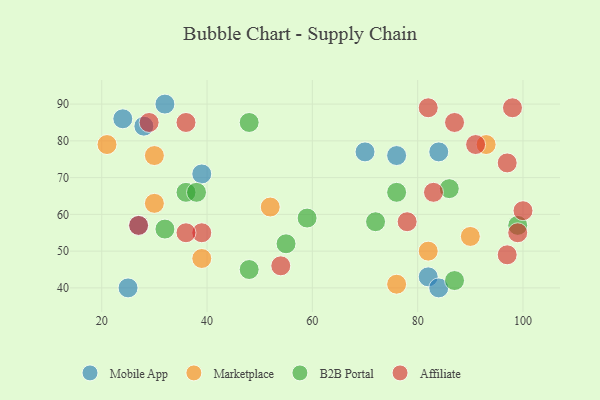
{"axis": {"x": "GDP", "y": "Life Expectancy"}, "legend": ["Affiliate", "B2B Portal", "Marketplace", "Mobile App"], "data": [{"x": "27", "y": 57, "type": "Mobile App"}, {"x": "84", "y": 77, "type": "Mobile App"}, {"x": "28", "y": 84, "type": "Mobile App"}, {"x": "76", "y": 76, "type": "Mobile App"}, {"x": "39", "y": 71, "type": "Mobile App"}, {"x": "70", "y": 77, "type": "Mobile App"}, {"x": "24", "y": 86, "type": "Mobile App"}, {"x": "25", "y": 40, "type": "Mobile App"}, {"x": "82", "y": 43, "type": "Mobile App"}, {"x": "32", "y": 90, "type": "Mobile App"}, {"x": "84", "y": 40, "type": "Mobile App"}, {"x": "21", "y": 79, "type": "Marketplace"}, {"x": "52", "y": 62, "type": "Marketplace"}, {"x": "39", "y": 48, "type": "Marketplace"}, {"x": "90", "y": 54, "type": "Marketplace"}, {"x": "30", "y": 76, "type": "Marketplace"}, {"x": "82", "y": 50, "type": "Marketplace"}, {"x": "93", "y": 79, "type": "Marketplace"}, {"x": "30", "y": 63, "type": "Marketplace"}, {"x": "76", "y": 41, "type": "Marketplace"}, {"x": "72", "y": 58, "type": "B2B Portal"}, {"x": "76", "y": 66, "type": "B2B Portal"}, {"x": "87", "y": 42, "type": "B2B Portal"}, {"x": "32", "y": 56, "type": "B2B Portal"}, {"x": "36", "y": 66, "type": "B2B Portal"}, {"x": "48", "y": 85, "type": "B2B Portal"}, {"x": "38", "y": 66, "type": "B2B Portal"}, {"x": "86", "y": 67, "type": "B2B Portal"}, {"x": "99", "y": 57, "type": "B2B Portal"}, {"x": "55", "y": 52, "type": "B2B Portal"}, {"x": "48", "y": 45, "type": "B2B Portal"}, {"x": "59", "y": 59, "type": "B2B Portal"}, {"x": "83", "y": 66, "type": "Affiliate"}, {"x": "29", "y": 85, "type": "Affiliate"}, {"x": "27", "y": 57, "type": "Affiliate"}, {"x": "87", "y": 85, "type": "Affiliate"}, {"x": "98", "y": 89, "type": "Affiliate"}, {"x": "78", "y": 58, "type": "Affiliate"}, {"x": "39", "y": 55, "type": "Affiliate"}, {"x": "100", "y": 61, "type": "Affiliate"}, {"x": "99", "y": 55, "type": "Affiliate"}, {"x": "97", "y": 49, "type": "Affiliate"}, {"x": "54", "y": 46, "type": "Affiliate"}, {"x": "36", "y": 55, "type": "Affiliate"}, {"x": "97", "y": 74, "type": "Affiliate"}, {"x": "91", "y": 79, "type": "Affiliate"}, {"x": "36", "y": 85, "type": "Affiliate"}, {"x": "82", "y": 89, "type": "Affiliate"}]}